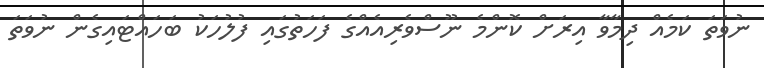
ނުވަތަ ކަމެއް ދިމާވާ އިރަށް ކޮންމެ ނޫސްވެރިއެއްގެ ފަހަތުގައި ފުލުހަކު ބަހައްޓައިގެން ނުވަތަ